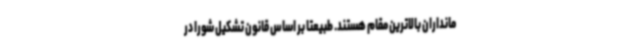
مانداران بالاترین مقام هستند. طبیعتا بر اساس قانون تشکیل شورا در